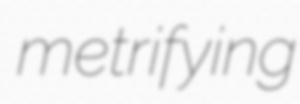
metrifying